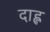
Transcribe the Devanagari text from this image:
दाह्ल